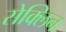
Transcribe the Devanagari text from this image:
सेक्लिन